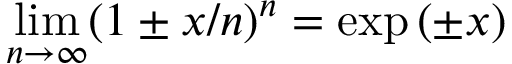
\operatorname* { l i m } _ { n \to \infty } ( 1 \pm x / n ) ^ { n } = \exp \left( \pm x \right)